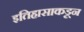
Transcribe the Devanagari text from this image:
इतिहासाकडून